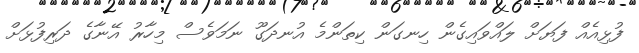
ފުޅިއެއް ފަޔަށް ލައްވައިގެން ހިނގަން ކިތަންމެ އުނދަގޫ ނަމަވެސް މިހާރު އޭނާގެ ދަރިފުޅަށް